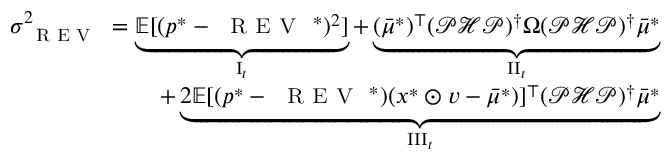
\begin{array} { r } { \sigma _ { \small \textsc { { R E V } } } ^ { 2 } = \underbrace { { \mathbb E } [ ( p ^ { * } - { \small \textsc { { R E V } } } ^ { * } ) ^ { 2 } ] } _ { { \mathrm { { I } } } _ { t } } + \underbrace { ( { \bar { \mu } ^ { * } } ) ^ { \top } ( { \mathcal { P } } { \mathcal { H } } { \mathcal { P } } ) ^ { \dagger } \Omega ( { \mathcal { P } } { \mathcal { H } } { \mathcal { P } } ) ^ { \dagger } { \bar { \mu } ^ { * } } } _ { { \mathrm { { I I } } } _ { t } } } \\ { + \underbrace { 2 { \mathbb E } [ ( p ^ { * } - { \small \textsc { { R E V } } } ^ { * } ) ( x ^ { * } \odot v - { \bar { \mu } ^ { * } } ) ] ^ { \top } ( { \mathcal { P } } { \mathcal { H } } { \mathcal { P } } ) ^ { \dagger } { \bar { \mu } ^ { * } } } _ { { \mathrm { { I I I } } } _ { t } } } \end{array}